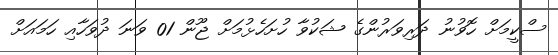
ސްކީމަށް ހޮވުނު ދަރިވަރުންގެ ޝަކުވާ ހުށަހެޅުމަށް ޖޫން 01 ވަނަ ދުވަހާއި ހަމައަށް